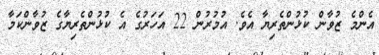
އެންމެ ޒުވާން ކުޅުންތެރިޔާ އެވެ. އުމުރުން 22 އަހަރުގެ އެ ކުޅުންތެރިޔާގެ ޒުވާންކަމާ